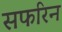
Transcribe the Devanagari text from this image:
सफरिन